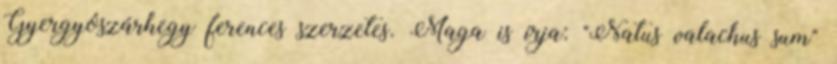
Gyergyószárhegy ferences szerzetes. Maga is írja: "Natus valachus sum"